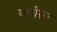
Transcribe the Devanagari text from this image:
वाचेतर